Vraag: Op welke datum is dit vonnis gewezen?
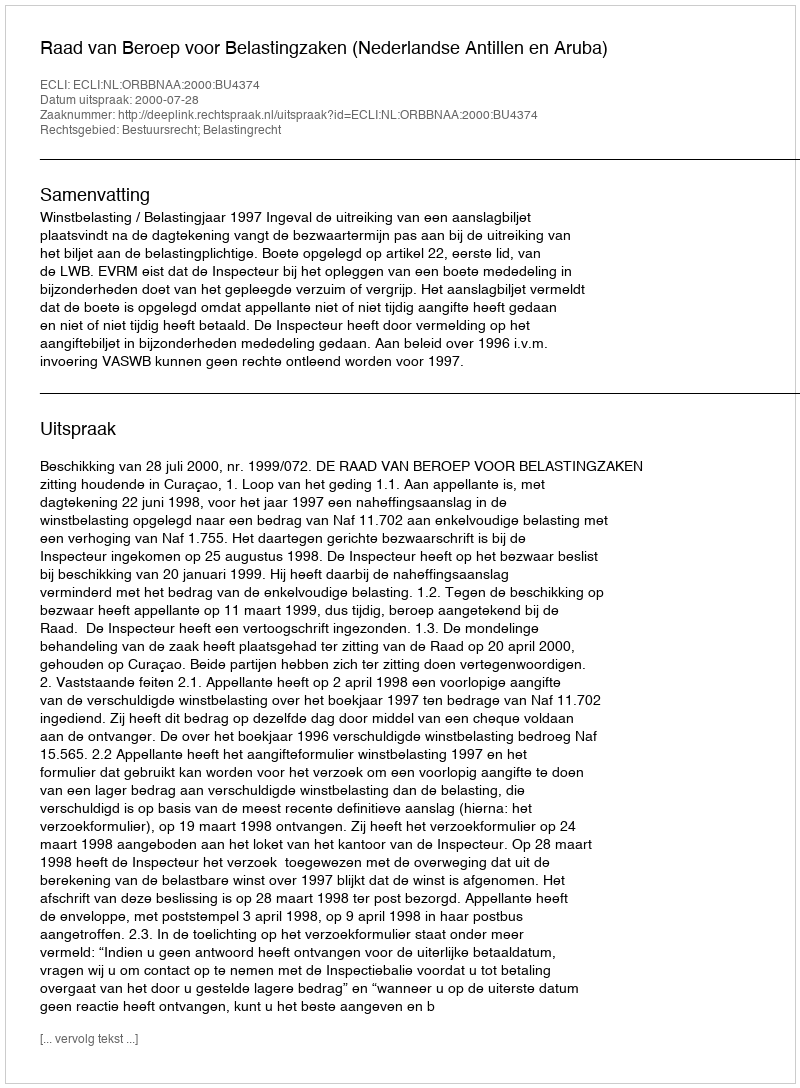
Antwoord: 2000-07-28